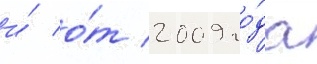
и́ о́т 2009 го́да